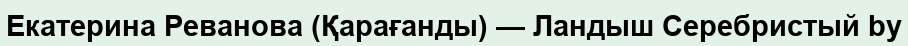
Екатерина Реванова (Қарағанды) — Ландыш Серебристый by